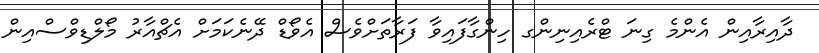
ދާއިރާއިން އެންމެ ގިނަ ޓްރެއިނިންގ ހިންގާފައިވާ ފަރާތަށްވެސް އެވޯޑް ދޭނެކަމަށް އެޗްއާރު މޯލްޑިވްސްއިން